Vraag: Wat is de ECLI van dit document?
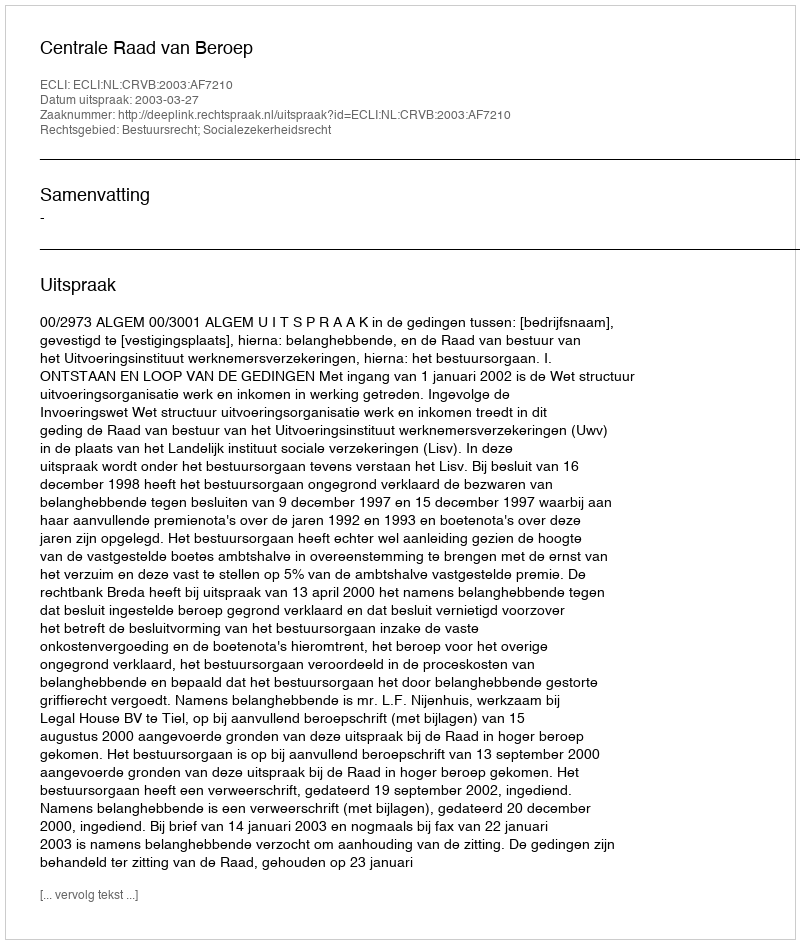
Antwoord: ECLI:NL:CRVB:2003:AF7210